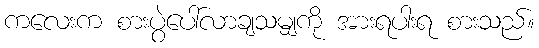
ကလေးက စားပွဲပေါ်လာချသမျှကို အားရပါးရ စားသည်။